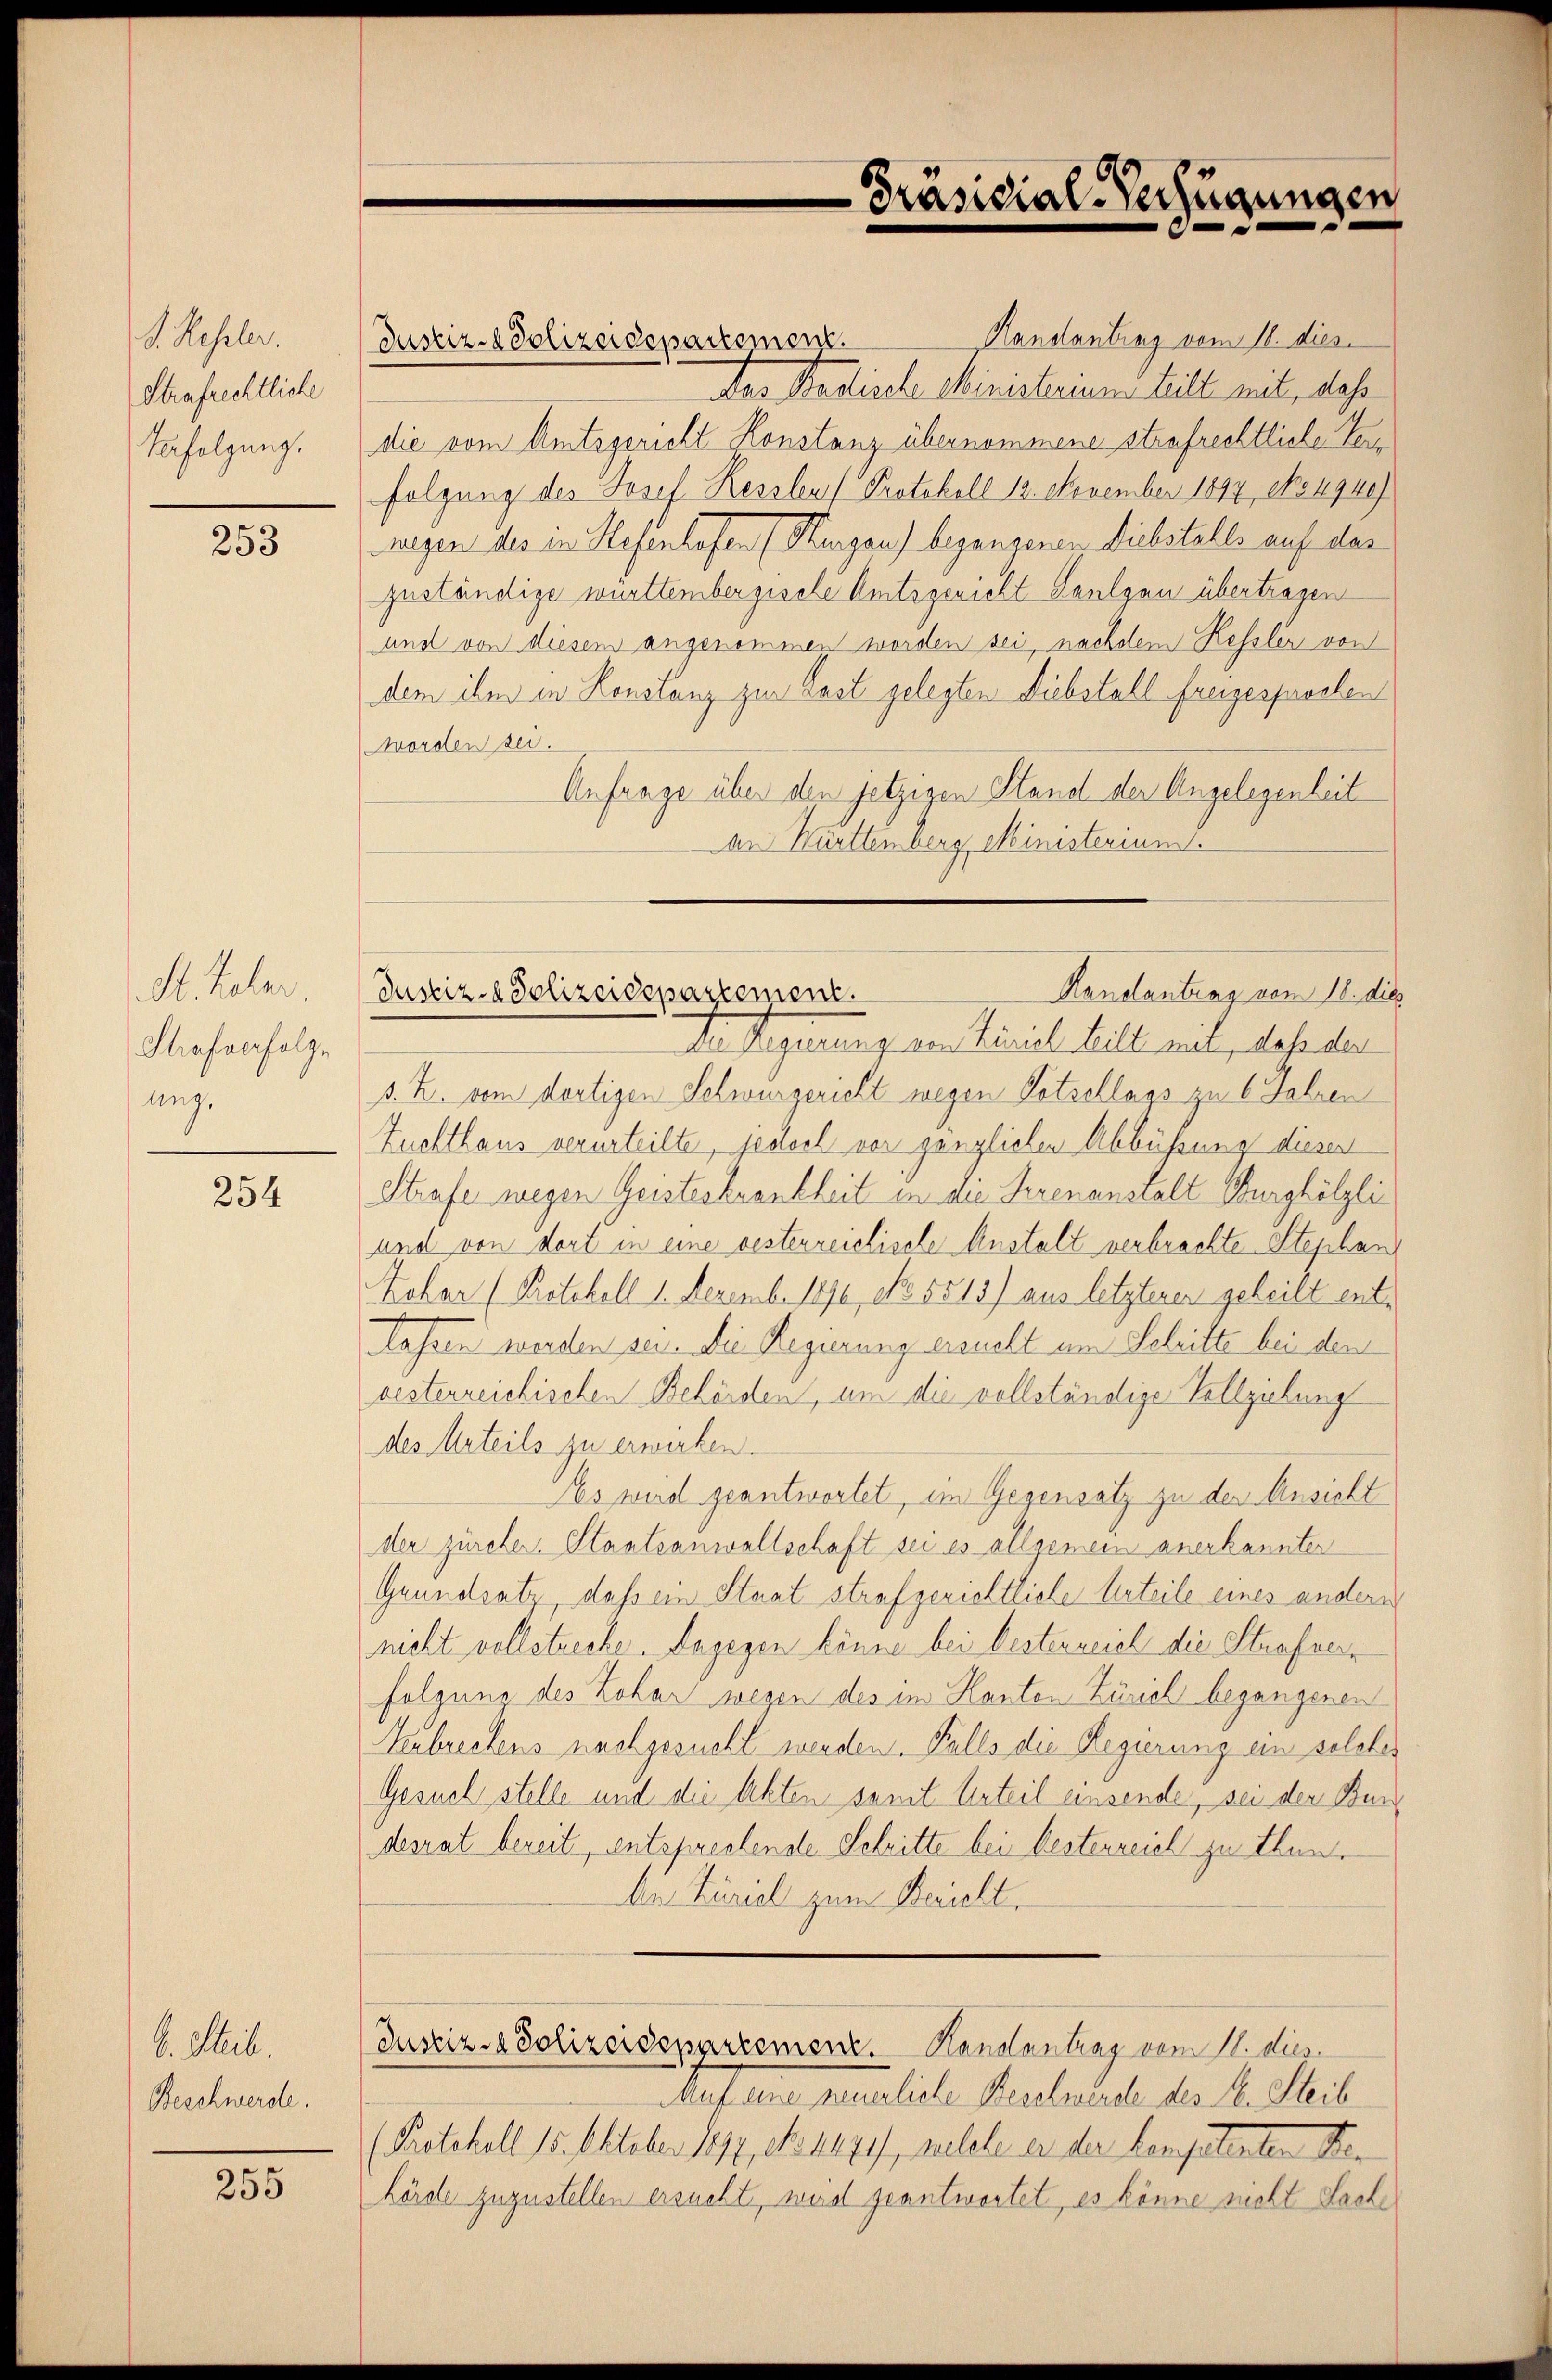
d. Kehler.
Strafrechtliche
Verfolgung.

253

H. teler.
Strafverfolge
ang.

254

V. Seit
Beschwerde.

255

-Präsidial-Verfügungen

Hendantrag vom 18. die
Justiz- & Polizeidepartement.
An legierung von Linie hielt mit, daß der

Randantrag vom 11. dies
Justiz-Polizeidepartement.
Das Badische Ministerium teilt mit, das
die vom Amtsgericht Konstanz übernommene strafrechtliche Verfolgung des Josef Kesslers Protokoll 12. November 1894, No 4940)
wegen des in Hefenhofen (Kurzen) begangenen Diebstalls auf das
zuständige württembergische Amtsgericht Saulgau übertragen
und von diesem angenommen worden sei, nachdem Kessler von
dem ihm in Konstanz zur Last gelegten Diebstall freigesprochen
worden sei.
Anfrage über den jetzigen Stand der Angelegenheit
an Karten berg, Ministerium.
s. Z. vom dortigen Schwurgericht wegen Totschlags zu 6 Jahren
Zuchthaus verurteilte, jedoch vor gänzlichen Abbüßung diesen
Strafe wegen Geisterkrankheit in die Serenanstalt Burghölzli
und von dort in eine besterreichische Anstalt verbrachte Stephan
Zohar (Protokoll 1. Dezemb. 1890, No. 5513) aus letzterer geheilt entlassen werden sei. Die Regierung ersucht im Schritte bei den
vesterreichischen Behörden, um die vollständige Vollziehung
des Urteils zu erwirken.
Es wird geantwortet, im Gegensatz zu der Ansicht
der zürcher. Staatsanwaltschaft sei es allgemein anerkannter
Grundsatz, dass ein Staat strafgerichtliche Urteile eines andern
nicht vollstreche. Dagegen könne bei besterreich die Strafverfolgung des Zohar wegen des im Kanton Zürich begangenen
Kebrechens nachgesucht werden. Falls die Regierung ein solcher
Gesuch stelle und die Akten samt Urteil einsende, sei der Bundesrat bereit, entsprechende Schritte bei Besterreich zu thun¬
Aer Zurial zum Bericht.
Justiz- & Polizeidepartement. Kanalantrag vom 11. dies
Auf eine neuerliche Beschwerde des E. Steib
(Retchell 15. Oktober seye, et auges, auchele er der kompetenten Ber
hörde zuzustellen ersucht, weid geantwortet, es könne nicht Sache